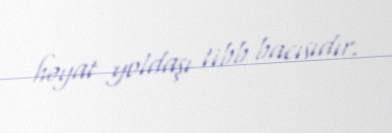
həyat yoldaşı tibb bacısıdır.